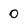
Character: 0